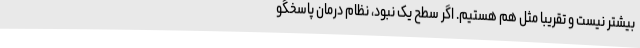
بیشتر نیست و تقریبا مثل هم هستیم. اگر سطح یک نبود، نظام درمان پاسخگو